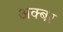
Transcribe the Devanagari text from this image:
अक्बर